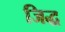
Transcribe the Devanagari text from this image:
जिद्ध